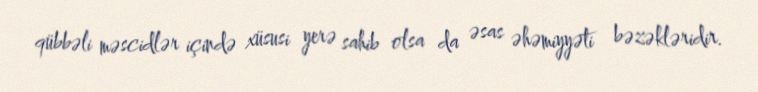
qübbəli məscidlər içində xüsusi yerə sahib olsa da əsas əhəmiyyəti bəzəkləridir.